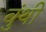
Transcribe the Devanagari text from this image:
वुंथी